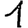
Digit: 1